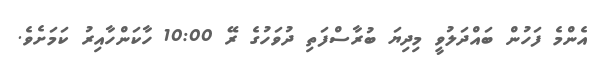
އެންމެ ފަހުން ބައްދަލުވީ މިދިޔަ ބުރާސްފަތި ދުވަހުގެ ރޭ 10:00 ހާކަންހާއިރު ކަމަށެވެ.